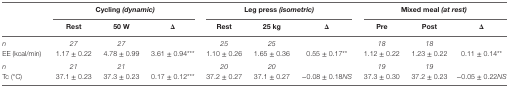
|  | <COLSPAN=3> Cycling (dynamic) | <COLSPAN=3> Leg press (isometric) | <COLSPAN=3> Mixed meal (at rest) |
 |  | Rest | 50 W | Δ | Rest | 25 kg | Δ | Pre | Post | Δ |
 | --- | --- | --- | --- | --- | --- | --- | --- | --- | --- |
 | n | 27 | 27 |  | 25 | 25 |  | 18 | 18 |  |
 | EE (kcal/min) | 1.17 ± 0.22 | 4.78 ± 0.99 | 3.61 ± 0.94*** | 1.10 ± 0.26 | 1.65 ± 0.36 | 0.55 ± 0.17** | 1.12 ± 0.22 | 1.23 ± 0.22 | 0.11 ± 0.14** |
 | n | 21 | 21 |  | 20 | 20 |  | 19 | 19 |  |
 | Tc (°C) | 37.1 ± 0.23 | 37.3 ± 0.23 | 0.17 ± 0.12*** | 37.2 ± 0.27 | 37.1 ± 0.27 | −0.08 ± 0.18NS | 37.3 ± 0.30 | 37.2 ± 0.23 | −0.05 ± 0.22NS |